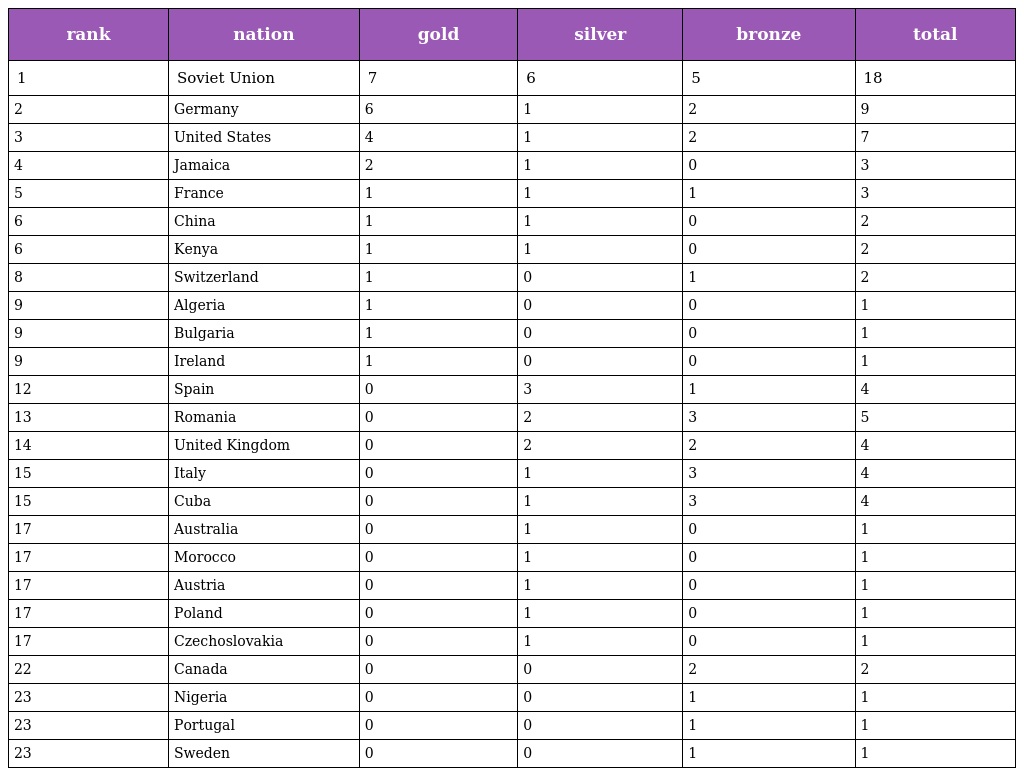
| rank | nation | gold | silver | bronze | total |
 | --- | --- | --- | --- | --- | --- |
 | 1 | Soviet Union | 7 | 6 | 5 | 18 |
 | 2 | Germany | 6 | 1 | 2 | 9 |
 | 3 | United States | 4 | 1 | 2 | 7 |
 | 4 | Jamaica | 2 | 1 | 0 | 3 |
 | 5 | France | 1 | 1 | 1 | 3 |
 | 6 | China | 1 | 1 | 0 | 2 |
 | 6 | Kenya | 1 | 1 | 0 | 2 |
 | 8 | Switzerland | 1 | 0 | 1 | 2 |
 | 9 | Algeria | 1 | 0 | 0 | 1 |
 | 9 | Bulgaria | 1 | 0 | 0 | 1 |
 | 9 | Ireland | 1 | 0 | 0 | 1 |
 | 12 | Spain | 0 | 3 | 1 | 4 |
 | 13 | Romania | 0 | 2 | 3 | 5 |
 | 14 | United Kingdom | 0 | 2 | 2 | 4 |
 | 15 | Italy | 0 | 1 | 3 | 4 |
 | 15 | Cuba | 0 | 1 | 3 | 4 |
 | 17 | Australia | 0 | 1 | 0 | 1 |
 | 17 | Morocco | 0 | 1 | 0 | 1 |
 | 17 | Austria | 0 | 1 | 0 | 1 |
 | 17 | Poland | 0 | 1 | 0 | 1 |
 | 17 | Czechoslovakia | 0 | 1 | 0 | 1 |
 | 22 | Canada | 0 | 0 | 2 | 2 |
 | 23 | Nigeria | 0 | 0 | 1 | 1 |
 | 23 | Portugal | 0 | 0 | 1 | 1 |
 | 23 | Sweden | 0 | 0 | 1 | 1 |